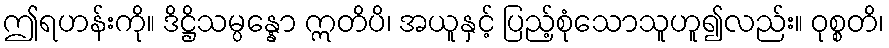
ဤရဟန်းကို။ ဒိဋ္ဌိသမ္ပန္နော ဣတိပိ၊ အယူနှင့် ပြည့်စုံသောသူဟူ၍လည်း။ ဝုစ္စတိ၊